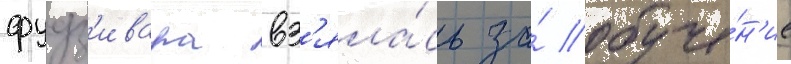
фудз'ивара вз'яла́сь за́ обуче́н'ие